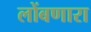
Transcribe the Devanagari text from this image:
लोंबणारा